Scottish Leaving Certificate Examination, 1952
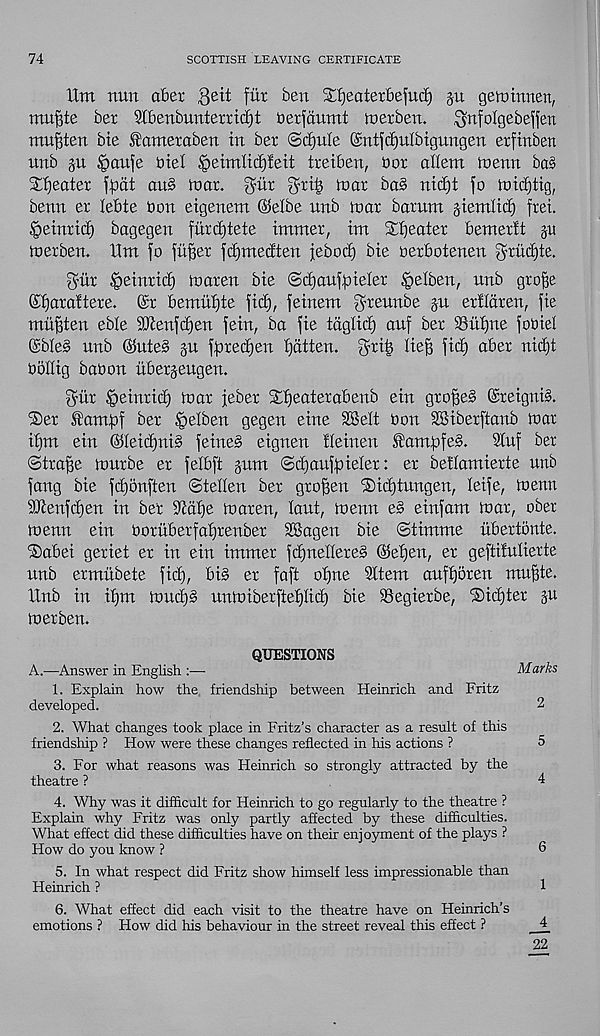
74
SCOTTISH LEAVING CERTIFICATE
Hm nun abet geit fur ben Sfjeatetbefucf) gn getninnen,
nutate bet SJCbenbunterridft berfaumt merben.
.^nfolgebeffen
mu^ten bie fametaben in bet ®d)ule ©ntfdfulbignngen etfinben
unb §u §aufe titel £>eimlid)fett tteiben, bot allem toenn bas
Sweater fftat au§ mat. gait gttij mat ba§ nidft fo micfjttg,
benn er lebte bon etgenem ©elbe unb mat barum gtemlid) frei.
§etnrtd) bagegen furd)tete intnter, tm Sweater demerit p
metben. ttm fo fitter fdjmedten febod) bie betbotenen gtuctde-
gtir §eintid) maten bie ©djaufpieter §elben, unb gto^e
©fjataltete. @t bemufjte fid), feinem gneunbe gu etllaten, fie
mii^ten eble SSKenfdjen fein, ba fie tdglid) auf bet 33uf)ne fobiel
@ble§ nnb ©ute§ gu fptedjen flatten, grits fief] fid) abet nid)t
boffig babon ubetgeugen.
gitt ^eintid) mat febet Sfjeaterabenb ein gtofje^ ©teignib.
fSer ftampf bet §elben gegen eine dBelt bon SSibetftanb mat
ibm ein ©Ietd)ni§ feine§ eignen Ifeinen f’ampfe^.
9fuf bet
©ttafse mntbe et fefbft gum ©d)auff)iefet: et belfamierte unb
fang bie fdjonften ©teffen bet gtoffen ®id)tungen, leife, menu
tOtenfd)en in bet 9tdf)e maten, fant, menn e§ einfam mat, ober
menn ein botuberfafjrenber SSagen bie ©timme ubertonte.
©abet getiet et in ein immet fcf)ueflete§ @ef)en, et geftilufierte
unb etmubete fid), bi§ et faff ofjne 9ftem auffjoren mujite.
Unb in ifjm mud)5 unmibetftef)fid) bie SSegietbe, ©idjtet gu
metben.
QUESTIONS
A.—Answer in English :—
Marks
1. Explain how the friendship between Heinrich and Fritz
developed.
2
2. What changes took place in Fritz’s character as a result of this
friendship ? How were these changes reflected in his actions ?
5
3. For what reasons was Heinrich so strongly attracted by the
theatre ?
4
4. Why was it difficult for Heinrich to go regularly to the theatre ?
Explain why Fritz was only partly affected by these difficulties.
What effect did these difficulties have on their enjoyment of the plays ?
How do you know ?
6
5. In what respect did Fritz show himself less impressionable than
Heinrich ?
4
6. What effect did each visit to the theatre have on Heinrich’s
emotions ? How did his behaviour in the street reveal this effect ?
_£
22